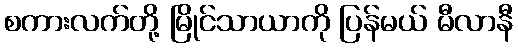
စကားလက်တို့ မြိုင်သာယာကို ပြန်မယ် မီလာနီ